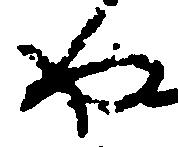
や